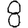
Digit: 8